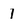
Character: 1